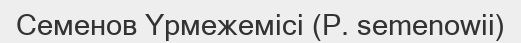
Семенов Үрмежемісі (P. semenowіі)